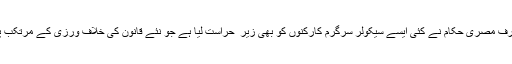
دوسری طرف مصری حکام نے کئی ایسے سیکولر سرگرم کارکنوں کو بھی زیر ِ حراست لیا ہے جو نئے قانون کی خلاف ورزی کے مرتکب پائے گئے۔